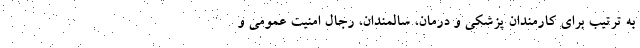
به ترتیب برای کارمندان پزشکی و درمان، سالمندان، رجال امنیت عمومی و